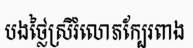
បងថ្លៃស្រីរំលោភក្បែរពាង